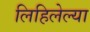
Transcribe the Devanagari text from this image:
लिहिलेल्‍या